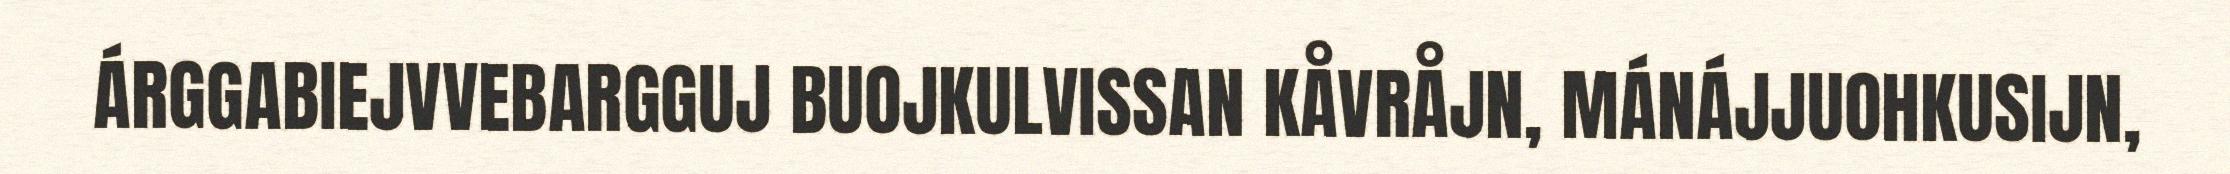
ÁRGGABIEJVVEBARGGUJ BUOJKULVISSAN KÅVRÅJN, MÁNÁJJUOHKUSIJN,